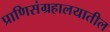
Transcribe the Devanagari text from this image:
प्राणिसंग्रहालयातील